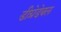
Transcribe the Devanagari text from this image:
डीग्रेडेबल